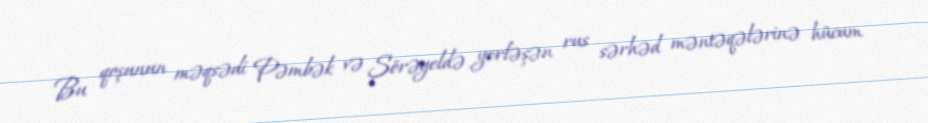
Bu qoşunun məqsədi Pəmbək və Şörəyeldə yerləşən rus sərhəd məntəqələrinə hücum